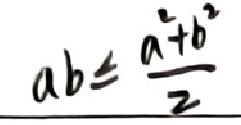
$ab\leqslant\frac{a^{2}+b^{2}}{2}$